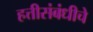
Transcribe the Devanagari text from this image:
हत्तीसंबंधीचे